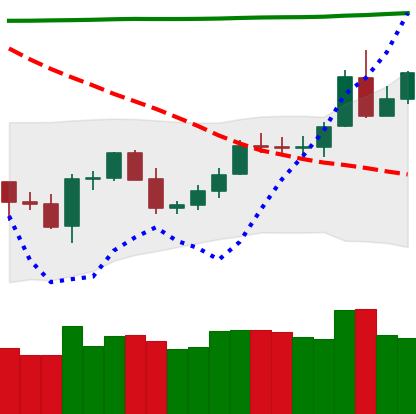
Ticker: LTC-USD
Chart end date: 2020-05-02
Forward return: -4.302%
Label: down_3_5